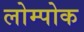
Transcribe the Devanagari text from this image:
लोम्पोक